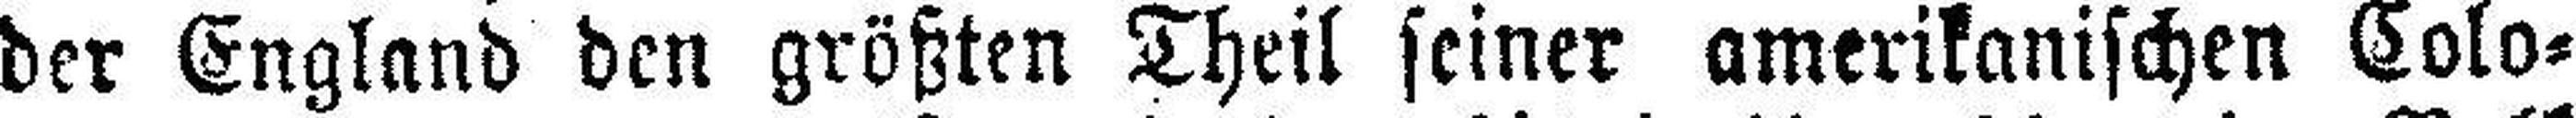
der England den größten Theil seiner amerikanischen Colo¬